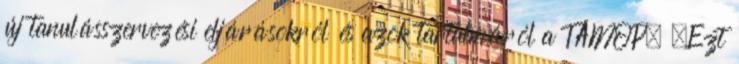
új tanulásszervezési eljárásokról és azok tartalmáról a TÁMOP. „Ezt